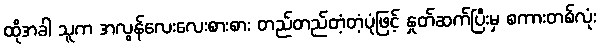
ထိုအခါ သူက အလွန်လေးလေးစားစား တည်တည်တံ့တံ့ပုံဖြင့် နှုတ်ဆက်ပြီးမှ စကားတစ်လုံး